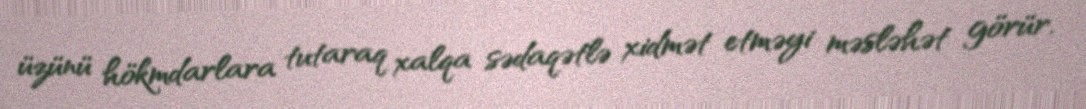
üzünü hökmdarlara tutaraq xalqa sədaqətlə xidmət etməyi məsləhət görür.